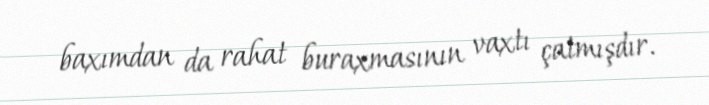
baxımdan da rahat buraxmasının vaxtı çatmışdır.